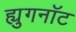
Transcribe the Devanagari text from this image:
ह्युगनॉट